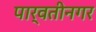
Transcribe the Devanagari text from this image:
पार्वतीनगर